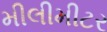
મીલીમીટર